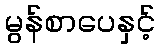
မွန်စာပေနှင့်